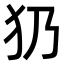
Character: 𤜠